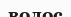
волос